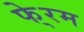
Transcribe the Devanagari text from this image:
फे्रम